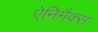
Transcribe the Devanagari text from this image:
ऐनिमैक्स